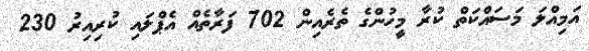
އަމިއްލަ މަސައްކަތް ކުރާ މީހުންގެ ތެރެއިން 702 ފަރާތެއް އެޕްލައި ކުރިއިރު 230